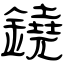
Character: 鐃